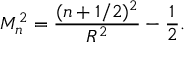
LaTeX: M _ { n } ^ { 2 } = \frac { ( n + 1 / 2 ) ^ { 2 } } { R ^ { 2 } } - \frac { 1 } { 2 } .